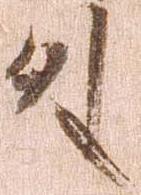
外